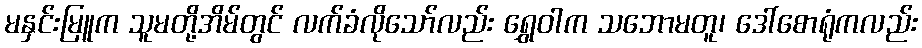
မနှင်းမြူက သူမတို့အိမ်တွင် လက်ခံလိုသော်လည်း ရွှေဝါက သဘောမတူ၊ ဒေါ်စောရုံကလည်း